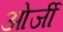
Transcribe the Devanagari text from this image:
ओर्जी